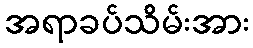
အရာခပ်သိမ်းအား